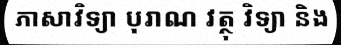
ភាសាវិទ្យា បុរាណ វត្ថុ វិទ្យា និង